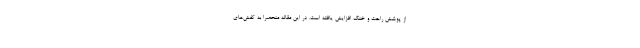
از پوشش راحت و خنک افزایش یافته است. در این مقاله منحصرا به کفش‌های